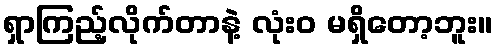
ရှာကြည့်လိုက်တာနဲ့ လုံးဝ မရှိတော့ဘူး။